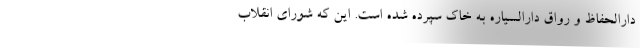
دارالحفاظ و رواق دارالسیاره به خاک سپرده شده است. این که شورای انقلاب